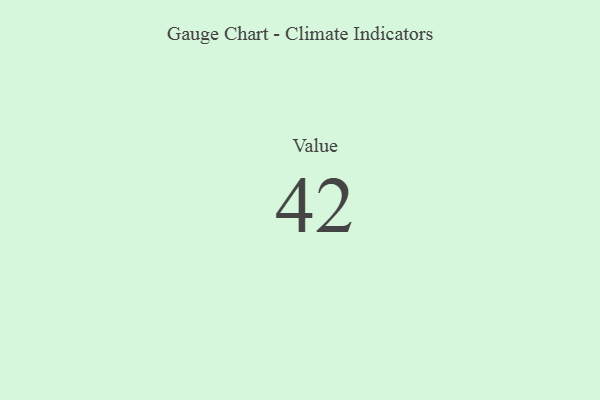
{"axis": {"x": "Metric", "y": "Value"}, "legend": [""], "data": [{"x": "Value", "y": 42, "type": ""}]}